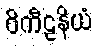
ဝိကီဠနိယံ